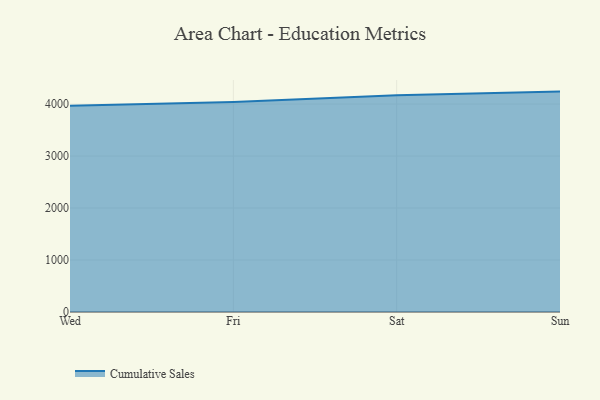
{"axis": {"x": "Day", "y": "LTV (USD)"}, "legend": ["Cumulative Sales"], "data": [{"x": "Wed", "y": 3967.3, "type": "Cumulative Sales"}, {"x": "Fri", "y": 4039.2, "type": "Cumulative Sales"}, {"x": "Sat", "y": 4167.7, "type": "Cumulative Sales"}, {"x": "Sun", "y": 4239.6, "type": "Cumulative Sales"}]}